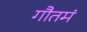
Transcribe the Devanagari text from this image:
गौतमं